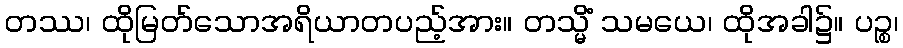
တဿ၊ ထိုမြတ်သောအရိယာတပည့်အား။ တသ္မိံ သမယေ၊ ထိုအခါ၌။ ပဉ္စ၊